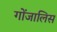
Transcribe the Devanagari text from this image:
गोंजालिस